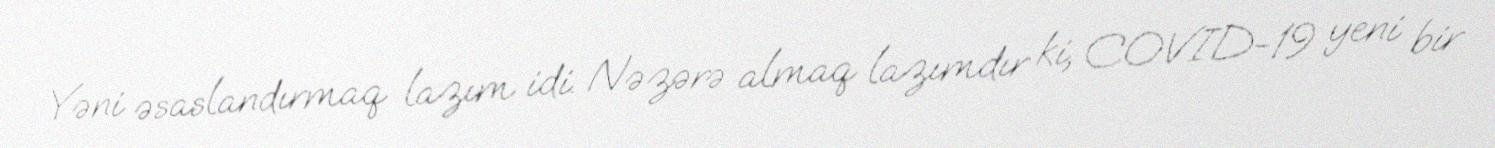
Yəni əsaslandırmaq lazım idi. Nəzərə almaq lazımdır ki, COVID-19 yeni bir